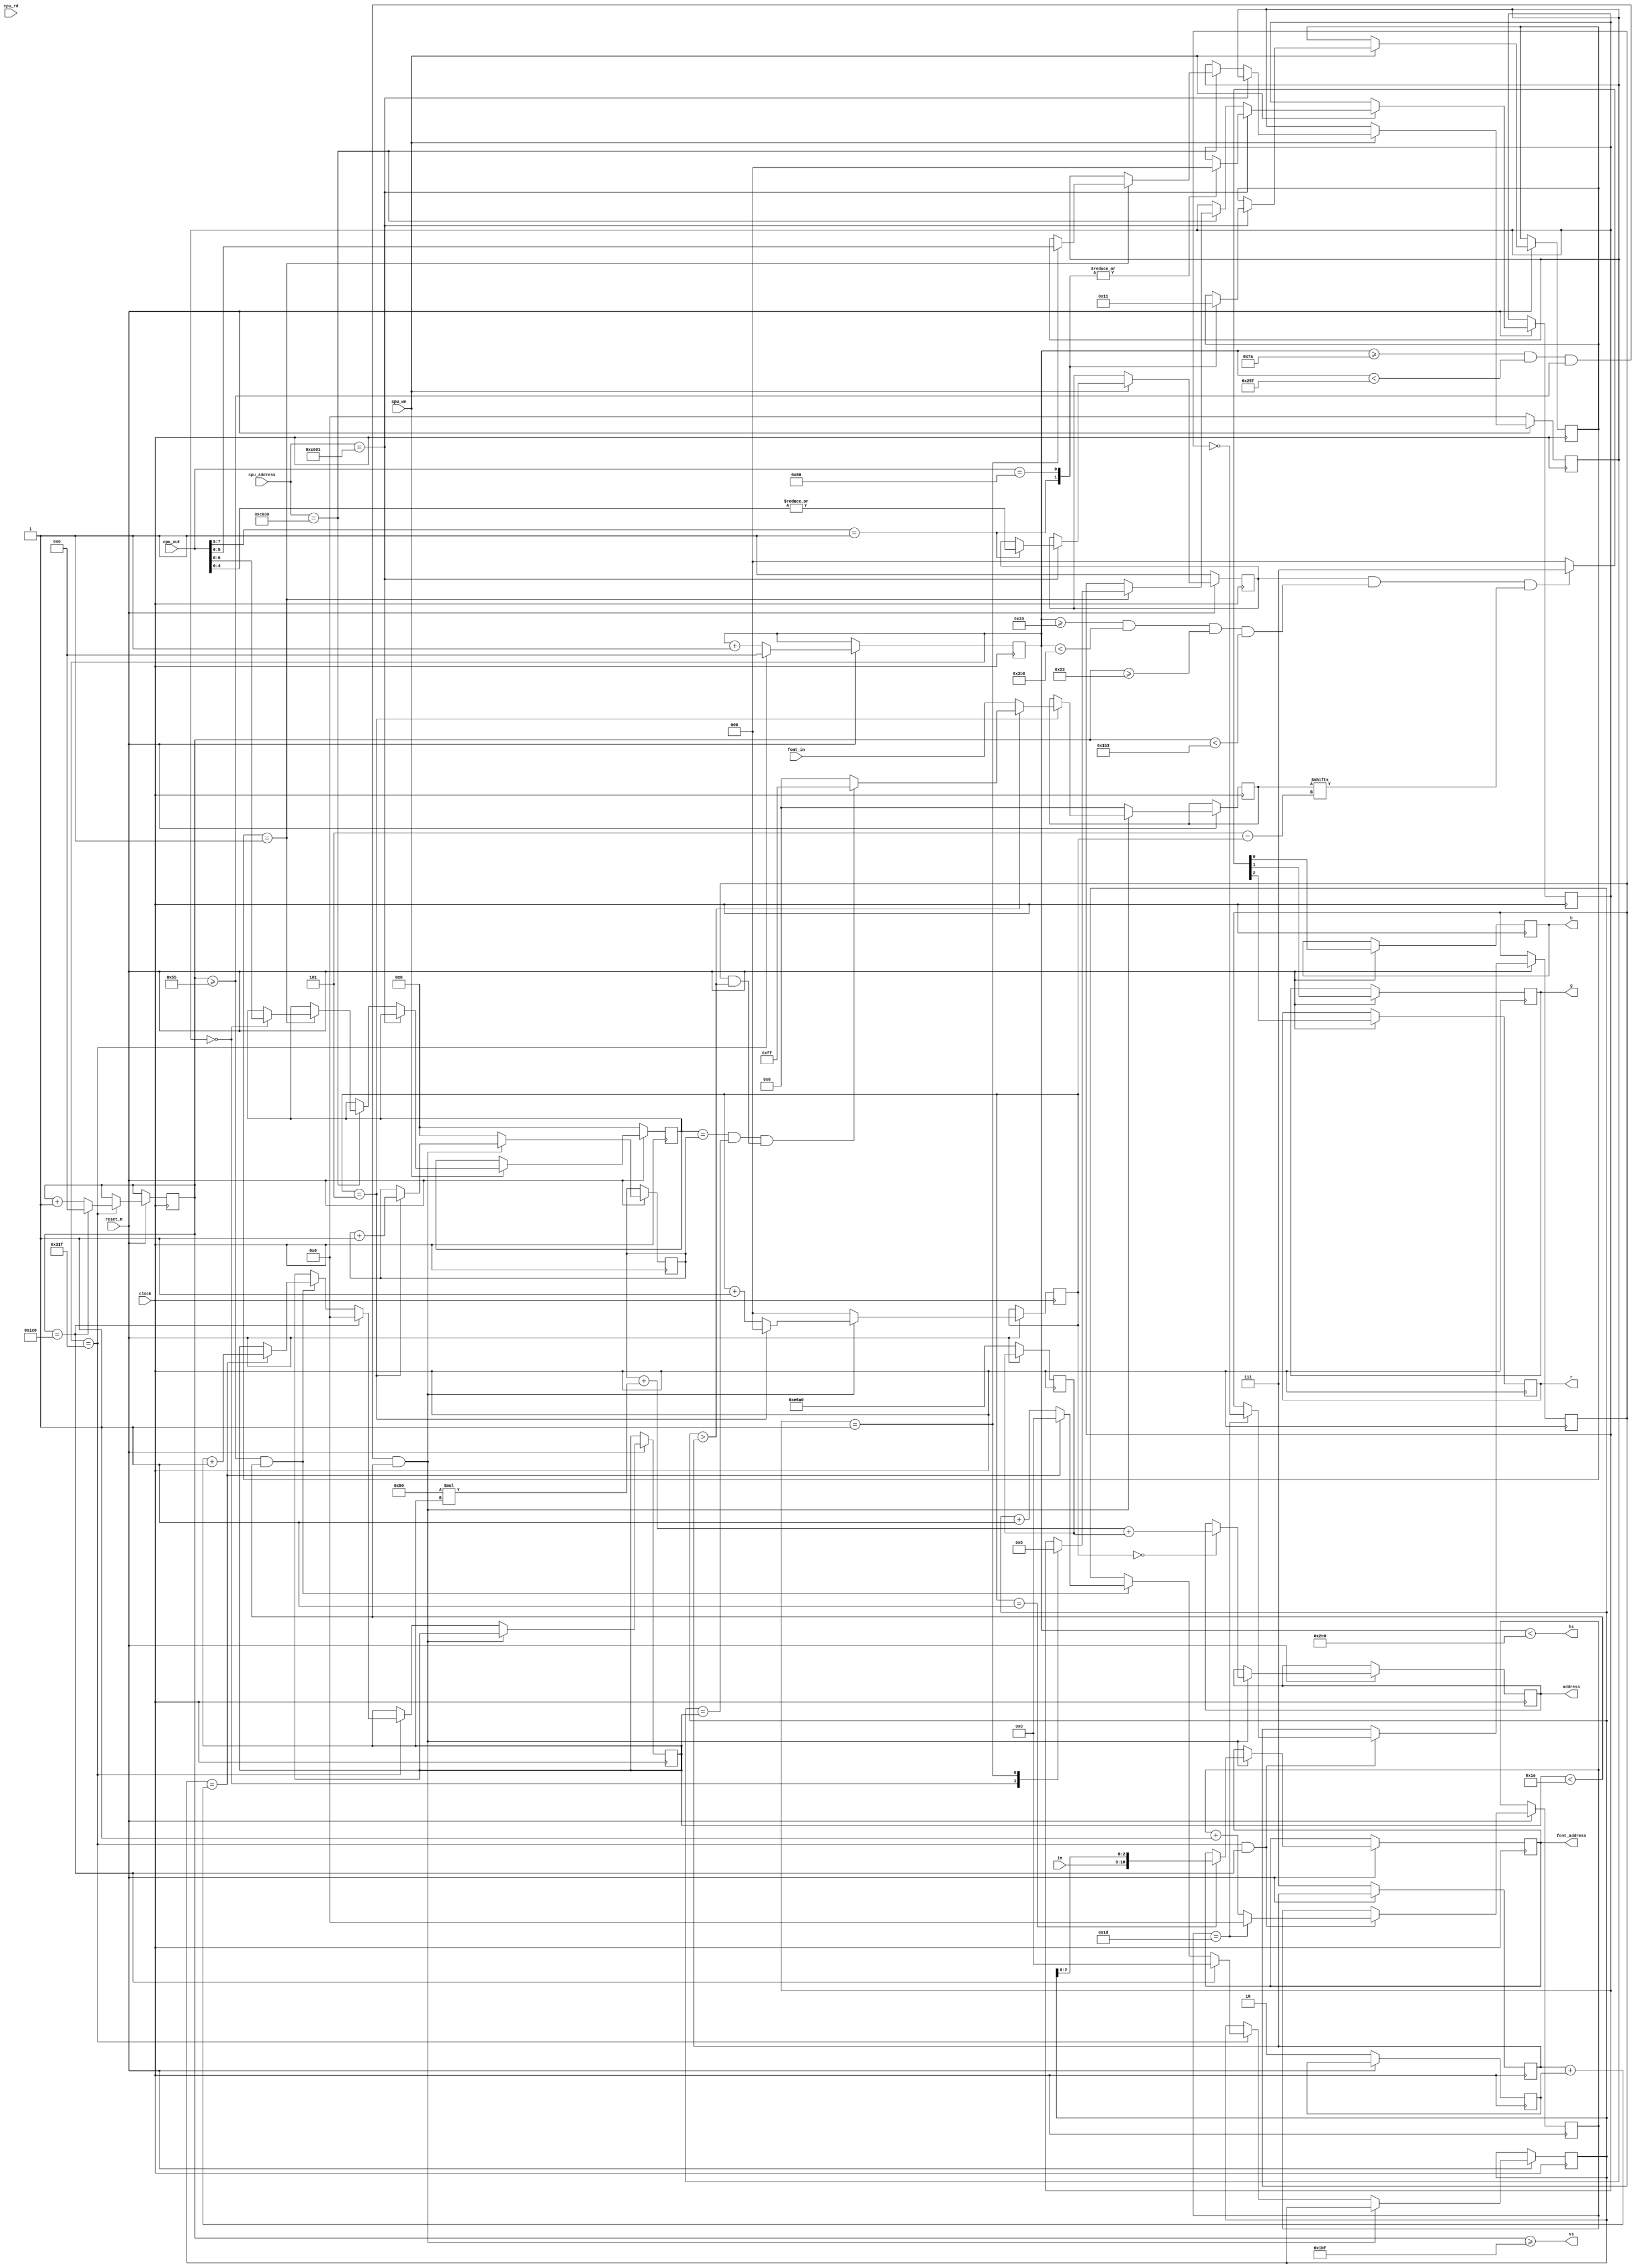
module vg75
(
    input               clock,          // 25 Мгц тактовый генератор
    input               reset_n,        // Сброс чипа на =0
    output reg          r,
    output reg          g,
    output reg          b,
    output              hs,
    output              vs,
    // Порты и так далее
    input      [15:0]   cpu_address,
    input      [ 7:0]   cpu_out,
    input               cpu_we,
    input               cpu_rd,
    // Интерфейс взаимодействия с видеопамятью
    output reg [15:0]   address,        // Указатель на адрес в памяти
    output reg [10:0]   font_address,   // Указатель на FONT-ROM
    input       [7:0]   in,             // Считывание из памяти
    input       [7:0]   font_in         // Считывание из знакогенератора
);

localparam

    hz_visible = 640, vt_visible = 400,
    hz_front   = 16,  vt_front   = 12,
    hz_sync    = 96,  vt_sync    = 2,
    hz_back    = 48,  vt_back    = 35,
    hz_whole   = 800, vt_whole   = 449;

localparam

    LOAD_CURSOR = 1,
    DISPLAY_OFF = 2;

// -----------------------------------------------------------------------------
assign hs = x  < (hz_back + hz_visible + hz_front); // NEG.
assign vs = y >= (vt_back + vt_visible + vt_front); // POS.
// -----------------------------------------------------------------------------
wire        xmax = (x == hz_whole - 1);
wire        ymax = (y == vt_whole - 1);
wire        vis  = (x >= hz_back && x < hz_visible + hz_back && y >= vt_back && y < vt_visible + vt_back);
// -----------------------------------------------------------------------------
reg  [10:0] x    = 0;
reg  [10:0] y    = 0;
reg  [ 2:0] cnt_xfine;  // 0..7
reg  [ 3:0] cnt_yfine;  // 0..9
reg  [ 6:0] cnt_x;      // 0..79
reg  [ 5:0] cnt_y;      // 0..29
reg         flash;      // Состояние курсора
reg  [ 5:0] frame;      // Количество фреймов
reg  [ 7:0] mask;       // Строка знакоместа
// -----------------------------------------------------------------------------
reg         display;
reg  [ 2:0] cmd;
reg  [ 2:0] cmd_cnt;
// -----------------------------------------------------------------------------
reg  [ 6:0] cursor_x;
reg  [ 5:0] cursor_y;
reg  [15:0] base_address;
reg  [ 2:0] sym_height;
reg  [ 1:0] sym_gap;
// -----------------------------------------------------------------------------
wire [ 7:0] cursor_area =
    (cursor_x == cnt_x && cursor_y == cnt_y) &&
    (flash && cnt_yfine > sym_height) ?
        8'hFF : 8'h00;
// -----------------------------------------------------------------------------

// Вывод видеосигнала
always @(negedge clock)
if (reset_n == 0) begin

    base_address <= 16'hE6A0;
    sym_height   <= 7; // 8 px высота символа
    sym_gap      <= 2; // 2 px междустрочный интервал
    cursor_x     <= 0;
    cursor_y     <= 0;
    display      <= 1;

end
else begin

    // Кадровая развертка
    x <= xmax ?         0 : x + 1;
    y <= xmax ? (ymax ? 0 : y + 1) : y;

    // Фрейм и курсор
    if (xmax && ymax) begin

        frame <= (frame == 29) ? 0 : frame + 1;
        if (frame == 29) flash <= ~flash;

    end

    // Вывод окна видеоадаптера
    {r, g, b} <= display & vis & mask[5 - cnt_xfine] ? 3'b111 : 3'b000;

    // По ширине
    if (x >= hz_back + 74 && x < hz_back + 79 + (80*6) && y >= vt_back + 50 && cnt_y < 30) begin

        // [0..5] т.е. 6 пикселей по ширине
        cnt_xfine <= cnt_xfine + 1;

        case (cnt_xfine)
        0: begin address      <= cnt_x + (80*cnt_y) + base_address; end
        1: begin font_address <= {in, cnt_yfine[2:0]}; end
        5: begin

            mask      <= (cnt_yfine > sym_height ? cursor_area : font_in);
            cnt_xfine <= 0;
            cnt_x     <= cnt_x + 1;

        end
        endcase

    end
    // Сброс счетчика X вне зоны рисования
    else begin

        cnt_xfine <= 0;
        cnt_x     <= 0;
        mask      <= 0;

        if (xmax) begin

            if (y >= vt_back + 50 && cnt_y < 30) begin

                // 10 пикселей по высоте
                cnt_yfine <= (cnt_yfine == (sym_height + sym_gap) ? 0 : cnt_yfine + 1);

                // К следующему символу
                if (cnt_yfine == (sym_height + sym_gap)) cnt_y <= cnt_y + 1;

            end

            // Отрисовал экран, и вернуть на место все
            if (ymax) begin cnt_y <= 0; cnt_yfine <= 0; end

        end

    end

    // Обработка данных
    if (cpu_we) begin

        // Загрузка команды
        if (cpu_address == 16'hC001) begin

            casex (cpu_out)
            8'b001x_xxxx: begin cmd <= DISPLAY_OFF; cmd_cnt <= 0; display <= |cpu_out[4:0]; end
            8'b1000_0000: begin cmd <= LOAD_CURSOR; cmd_cnt <= 0; end
            endcase

        end
        // Загрузка данных
        else if (cpu_address == 16'hC000) begin

            case (cmd)

                LOAD_CURSOR: case (cmd_cnt)
                0: begin cmd_cnt <= 1; cursor_x <= cpu_out; end
                1: begin cmd_cnt <= 0; cursor_y <= cpu_out; end
                endcase

            endcase

        end

    end

end

endmodule